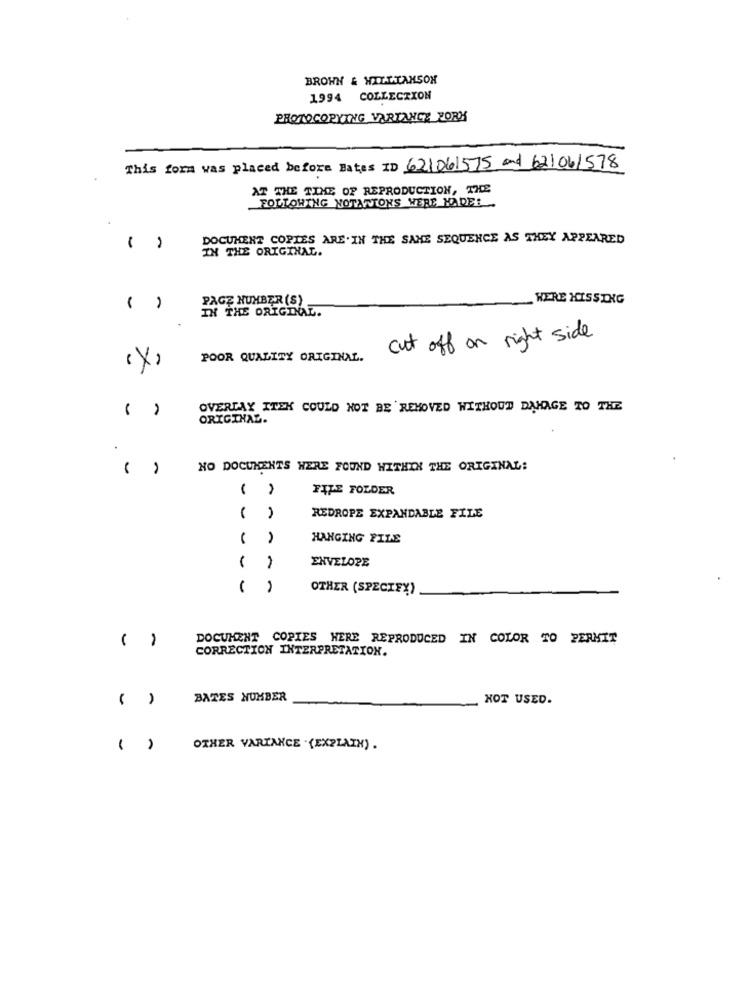
BROWN & WILLIAMSON
1994 COLLECTION
PROTOCOPYING VARIANCE FORM
This form was placed before Bates ID 621061575 and 62/06/578
AT THE TIME OF REPRODUCTION, TICE
FOLLOWING NOTANIONS WERE NADEL.
DOCUMENT COPIES ARE. IN THE SAME SEQUENCE AS THEY APPEARED
()
IN THE ORIGINAL.
PAGE NUMBER (S)
WERE HISSING
( )
IN THE ORIGINAL.
cut off on right side
POOR QUALITY ORIGINAL.
(x)
( )
OVERLAY ITEK COULD NOT BE REMOVED WITHOUT DAHAGE TO THE
ORIGINAL.
NO DOCUMENTS WERE FOUND WITHIN THE ORIGINAL:
FILE FOLDER
REDROPE EXPANDABLE FILE
HANGING FILE
ENVELOPE
- -
OTHER (SPECIFY)
-
DOCUMENT COPIES HERE REPRODUCED IN COLOR TO PERMIT
CORRECTION INTERPRETATION.
( )
BATES NUMBER
NOT USED.
( )
OTHER VARIANCE .(EXPLAIN) .